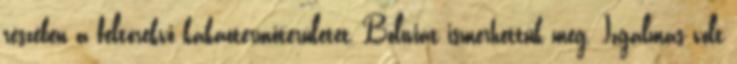
részében a feltörekvő kakaótermőterületet, Bolíviát ismerhettük meg. Izgalmas volt